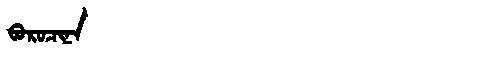
Manchu: ᠪᠣᡵᠣᠴᡳᠨᠠ
Romanization: BOROCINA